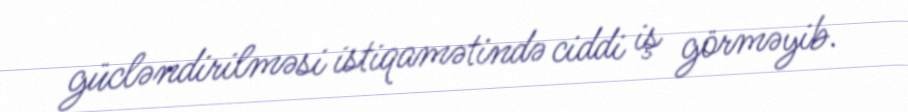
gücləndirilməsi istiqamətində ciddi iş görməyib.